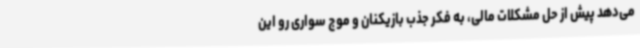
می‌دهد پیش از حل مشکلات مالی، به فکر جذب بازیکنان و موج سواری رو این